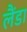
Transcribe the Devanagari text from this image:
लैंडा